Annual report on vaccination in Mysore, 1879-1880 - 1879-1880
Year: 1879
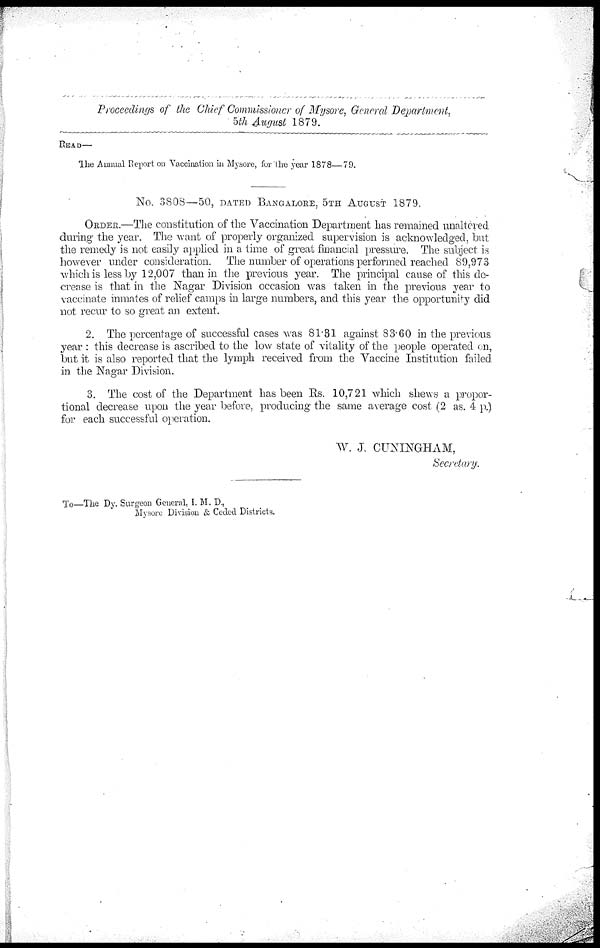
Proceedings of the Chief Commissioner of Mysore, General Department,
5th August 1879.
READ—
The Annual Report on Vaccination in Mysore, for the year 1878—79.
No. 3808—50, DATED BANGALORE, 5TH AUGUST 1879.
ORDER.—The constitution of the Vaccination Department has remained unaltered
during the year. The want of properly organized supervision is acknowledged, but
the remedy is not easily applied in a time of great financial pressure. The subject is
however under consideration. The number of operations performed reached 89,973
which is less by 12,007 than in the previous year. The principal cause of this de-
crease is that in the Nagar Division occasion was taken in the previous year to
vaccinate inmates of relief camps in large numbers, and this year the opportunity did
not recur to so great an extent.
2. The percentage of successful cases was 81.31 against 83.60 in the previous
year : this decrease is ascribed to the low state of vitality of the people operated on,
but it is also reported that the lymph received from the Vaccine Institution failed
in the Nagar Division.
3. The cost of the Department has been Rs. 10,721 which shews a propor-
tional decrease upon the year before, producing the same average cost (2 as. 4 p.)
for each successful operation.
W. J. CUNINGHAM,
Secretary.
To—The Dy. Surgeon General, I. M. D.,
Mysore Division & Ceded Districts.